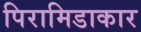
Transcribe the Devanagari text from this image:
पिरामिडाकार